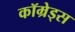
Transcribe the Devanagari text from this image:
कॉम्रेड्स